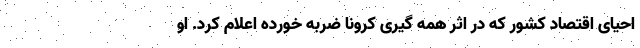
احیای اقتصاد کشور که در اثر همه گیری کرونا ضربه خورده اعلام کرد. او